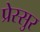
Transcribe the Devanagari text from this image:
प्रेस्सुर